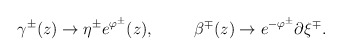
\begin{align*}\gamma^{\pm} (z) \to \eta^{\pm} e^{\varphi^{\pm}} (z), \hspace{1cm}\beta^{\mp} (z) \to e^{-\varphi^{\pm}} \partial \xi^{\mp}.\end{align*}